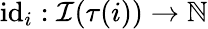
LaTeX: \textup{id}_{i}:\mathcal{I}(\tau(i))\rightarrow\mathbb{N}